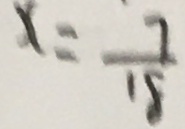
x = \frac { 7 } { 1 8 }